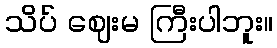
သိပ် ဈေးမ ကြီးပါဘူး။